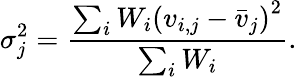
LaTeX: \sigma_{j}^{2}=\frac{\sum_{i}W_{i}\left(v_{i,j}-\bar{v}_{j}\right)^{2}}{\sum_{i}W_{i}}.